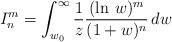
LaTeX: \begin{align*}I_{n}^{m}=\int_{w_{0}}^{\infty }\frac{1}{z}\frac{(\ln\,w)^{m}}{(1+w)^{n}} \,dw \end{align*}